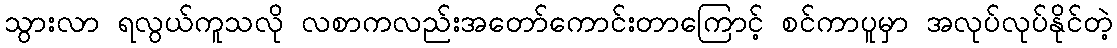
သွားလာ ရလွယ်ကူသလို လစာကလည်းအတော်ကောင်းတာကြောင့် စင်ကာပူမှာ အလုပ်လုပ်နိုင်တဲ့